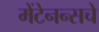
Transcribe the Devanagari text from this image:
मेंटेनन्सचे